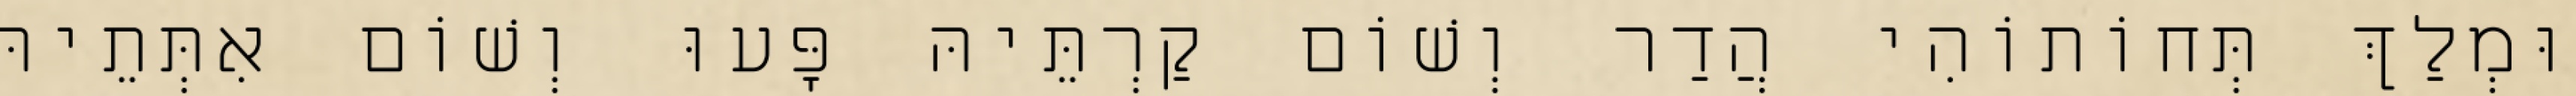
וּמְלַךְ תְּחוֹתוֹהִי הֲדַר וְשׁוֹם קַרְתֵּיהּ פָּעוּ וְשׁוֹם אִתְּתֵיהּ